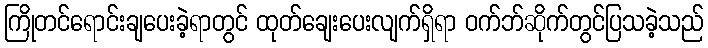
ကြိုတင်ရောင်းချပေးခဲ့ရာတွင် ထုတ်ချေးပေးလျက်ရှိရာ ဝက်ဘ်ဆိုက်တွင်ပြသခဲ့သည်